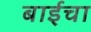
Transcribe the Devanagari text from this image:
बाईचा